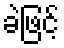
ခဲဖြင့်